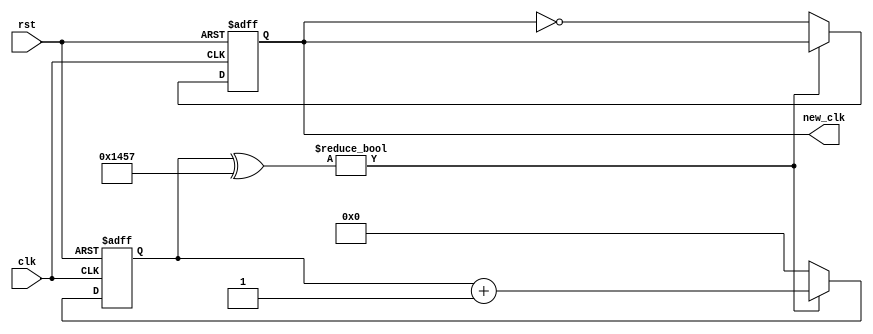
/*
DESCRIPTION
Basic Clk Divider

NOTES
Uses a counter to divide a clock input signal.
Clk dividing is a big topic in the field since we have to add logic to a clock line
which is obvious not good for set up and hold timing constraints.

Likely issues with widths over 32 bits. E.g. 64 bits

Here are some resources:
https://learn.digilentinc.com/Documents/262
http://referencedesigner.com/tutorials/verilogexamples/verilog_ex_02.php
https://forums.xilinx.com/t5/General-Technical-Discussion/Best-practice-with-Clock-divider-in-FPGA/td-p/355829

TODO

*/

module clk_div_basic #(
	parameter IN_FREQ = 50000000,
	parameter OUT_FREQ = 9600
)(
	input clk,
	input rst,
	output reg new_clk //instead of intermediate reg signals for outputs, can do this to force output to reg, but lose output comb logic
);

/**********
 * Internal Signals
**********/
function integer log2; //This is a macro function (no hardware created) which finds the log2, returns log2
   input [31:0] val; //input to the function
   integer 	i;
   begin
      log2 = 0;
      for(i = 0; 2**i < val; i = i + 1)
		log2 = i + 1;
   end
endfunction

localparam CNT_WIDTH = log2(IN_FREQ/OUT_FREQ);
localparam CNT_MAX = IN_FREQ/OUT_FREQ;

wire [CNT_WIDTH-1:0] cntmax;
reg [CNT_WIDTH-1:0] cnt;

/**********
 * Glue Logic
 **********/
assign cntmax = CNT_MAX-1;
/**********
 * Synchronous Logic
 **********/
always @(posedge clk or posedge rst) begin
	if(rst) begin
		cnt <= {(CNT_WIDTH){1'b0}};
		new_clk <= 1'b0;
	end else begin
		if(cnt^cntmax) begin//xor to prevent casting up to 32 bit for comparison, same as !=
			new_clk <= new_clk;//when we arent at the new value, hold the value
			cnt <= cnt+1;//note this throws a warning since it is truncating the 1 to fit the cnt width
		end
		else begin
			cnt <= {(CNT_WIDTH){1'b0}};
			new_clk <= ~new_clk;
		end
	end
end

/**********
 * Glue Logic
 **********/
/**********
 * Components
 **********/
/**********
 * Output Combinatorial Logic
 **********/
endmodule